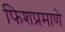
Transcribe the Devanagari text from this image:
फिशप्रमाणे